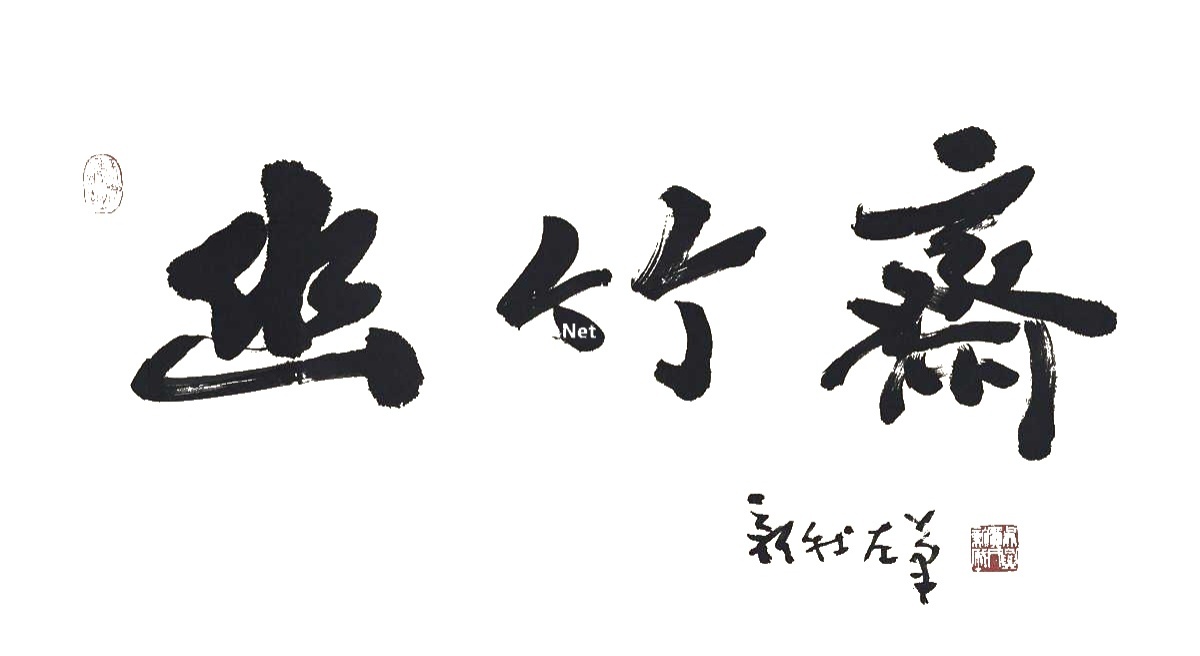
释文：幽竹斋。新我左笔。